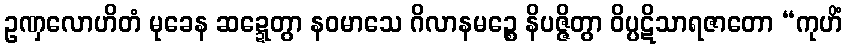
ဥဏှလောဟိတံ မုခေန ဆဍ္ဍေတွာ နဝမာသေ ဂိလာနမဉ္စေ နိပဇ္ဇိတွာ ဝိပ္ပဋိသာရဇာတော “ကုဟိံ